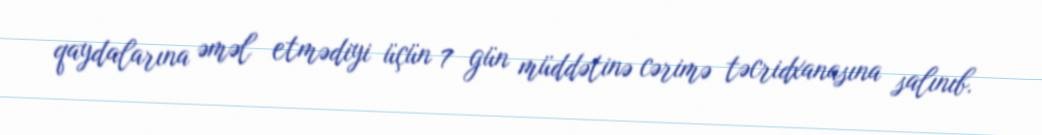
qaydalarına əməl etmədiyi üçün 7 gün müddətinə cərimə təcridxanasına salınıb.